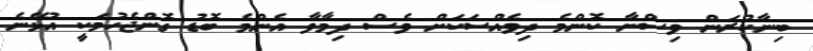
ބިނާކުރަން ވިސްނާ ކޮންމެ ދިވެެއްސަކަށް ވެސް ދިމާވާ އެންމެ ބޮޑު ގޮންޖެހުމަކީ އުޅޭނެ